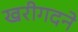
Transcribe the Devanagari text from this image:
खरीगदने